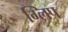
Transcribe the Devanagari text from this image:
ग्लिप